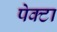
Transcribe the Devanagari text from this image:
पेक्टा